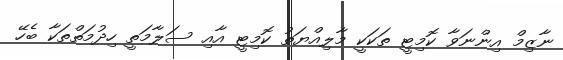
ނާޒިމް އިންނަވާ ކޮމިޓީ ތަކަކީ މާލިއްޔަތު ކޮމިޓީ އާއި ސަލާމަތީ ހިދުމަތްތަކާ ބެހޭ